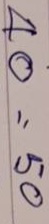
40 = 50